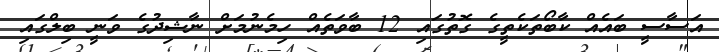
އަސާސީ ބައެއް ކާބޯތަކެތީގެ ގޮތުގައި 12 ބާވަތެއް ހިމެނުމަށް ނާޝިދުގެ ވަނީ ބިލްގައި